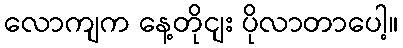
လောကျက နေ့တိုငျး ပိုလာတာပေါ့။